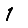
Digit: 1